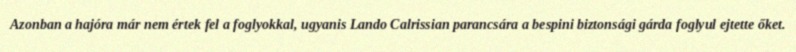
Azonban a hajóra már nem értek fel a foglyokkal, ugyanis Lando Calrissian parancsára a bespini biztonsági gárda foglyul ejtette őket.